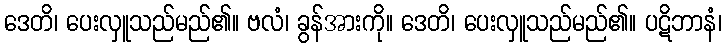
ဒေတိ၊ ပေးလှူသည်မည်၏။ ဗလံ၊ ခွန်အားကို။ ဒေတိ၊ ပေးလှူသည်မည်၏။ ပဋိဘာနံ၊